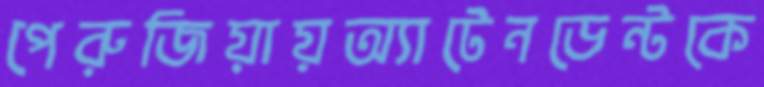
পেরুজিয়ায়অ্যাটেনডেন্টকে